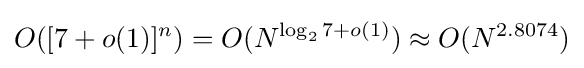
O([7+o(1)]^{n})=O(N^{\log _{2}7+o(1)})\approx O(N^{2.8074})